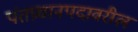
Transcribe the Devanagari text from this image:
पंतप्रधानपदावरील